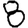
Digit: 8